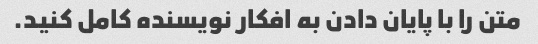
متن را با پایان دادن به افکار نویسنده کامل کنید.